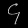
Digit: ၄